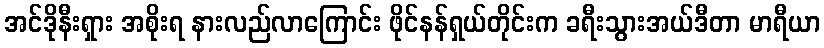
အင်ဒိုနီးရှား အစိုးရ နားလည်လာကြောင်း ဖိုင်နန်ရှယ်တိုင်းက ခရီးသွားအယ်ဒီတာ မာရီယာ